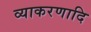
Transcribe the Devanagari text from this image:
व्याकरणादि